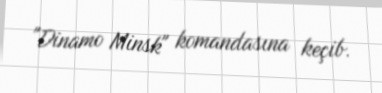
"Dinamo Minsk" komandasına keçib.